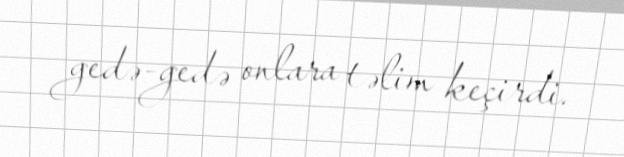
gedə-gedə onlara təlim keçirdi.